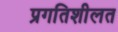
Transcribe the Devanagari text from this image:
प्रगतिशीलत